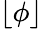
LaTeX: \lfloor\phi\rfloor